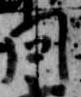
問